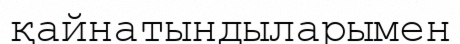
қайнатындыларымен